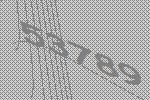
53789